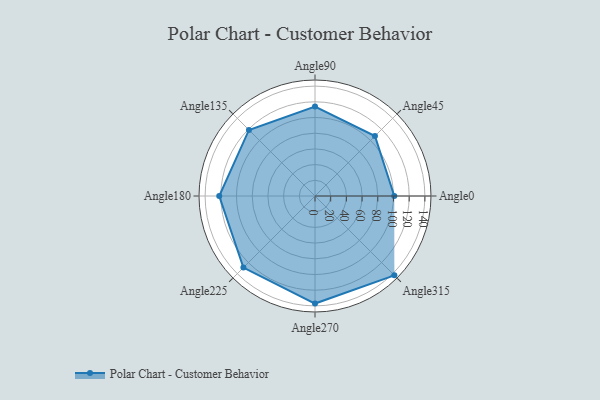
{"axis": {"x": "Angle", "y": "Radius"}, "legend": [""], "data": [{"x": "Angle0", "y": 101.0, "type": ""}, {"x": "Angle45", "y": 108.0, "type": ""}, {"x": "Angle90", "y": 114.0, "type": ""}, {"x": "Angle135", "y": 119.0, "type": ""}, {"x": "Angle180", "y": 122.0, "type": ""}, {"x": "Angle225", "y": 129.0, "type": ""}, {"x": "Angle270", "y": 137.0, "type": ""}, {"x": "Angle315", "y": 143.0, "type": ""}]}